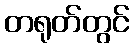
တရုတ်တွင်